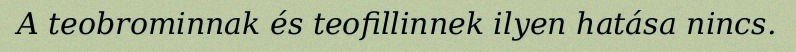
A teobrominnak és teofillinnek ilyen hatása nincs.